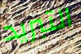
التبريد